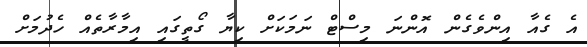
އެ ގެއާ އިންވެގެން އޮންނަ މިސްޓް ނަމަކަށް ކިޔާ ގޯތީގައި އިމާރާތެއް ހެދުމަށް